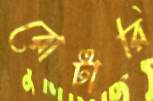
রোটারি